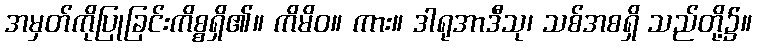
အမှတ်ကိုပြုခြင်းကိစ္စရှိ၏။ ကိမိဝ။ ကား။ ဒါရုအာဒီသု၊ သစ်အစရှိ သည်တို့၌။